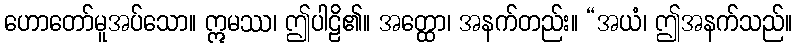
ဟောတော်မူအပ်သော။ ဣမဿ၊ ဤပါဠိ၏။ အတ္ထော၊ အနက်တည်း။ “အယံ၊ ဤအနက်သည်။